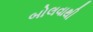
બોલવાથી